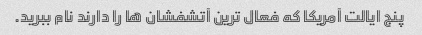
پنج ایالت آمریکا که فعال ترین آتشفشان ها را دارند نام ببرید.